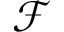
\mathcal { F }